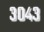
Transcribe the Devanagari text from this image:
३०४३